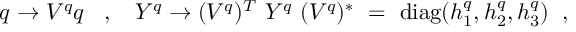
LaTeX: q \rightarrow V ^ { q } q ~ \; \; , \; \; ~ Y ^ { q } \rightarrow ( V ^ { q } ) ^ { T } ~ Y ^ { q } ~ ( V ^ { q } ) ^ { * } ~ = ~ \mathrm { d i a g } ( h _ { 1 } ^ { q } , h _ { 2 } ^ { q } , h _ { 3 } ^ { q } ) \; \; ,